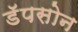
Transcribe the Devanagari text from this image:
डॅपसोन